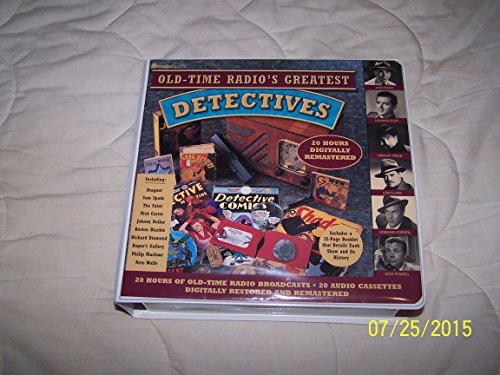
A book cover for Old Time Radio's Greatest Detective Shows (20-Hour Collections); Radio Spirits; Humor & Entertainment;